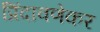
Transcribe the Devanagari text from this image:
प्रिंदावणेकर